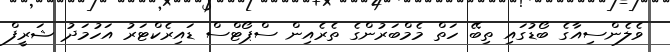
ވެލެންސިއާގެ ބޯޑުގައި ތިބޭ ހަތް މެމްބަރުންގެ ތެރެއިން ސްޕޯޓްސް ޑައިރެކްޓަރު އަހުމަދު ޝަރީފް